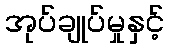
အုပ်ချုပ်မှုနှင့်